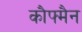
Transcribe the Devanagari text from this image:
कौफ्मैन